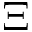
\Xi